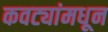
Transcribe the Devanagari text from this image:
कवट्यांमधून